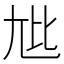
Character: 𫵏